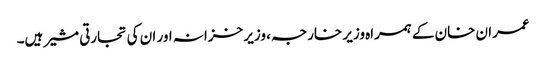
عمران خان کے ہمراہ وزیر خارجہ ، وزیر خزانہ اور ان کی تجارتی مشیر ہیں۔